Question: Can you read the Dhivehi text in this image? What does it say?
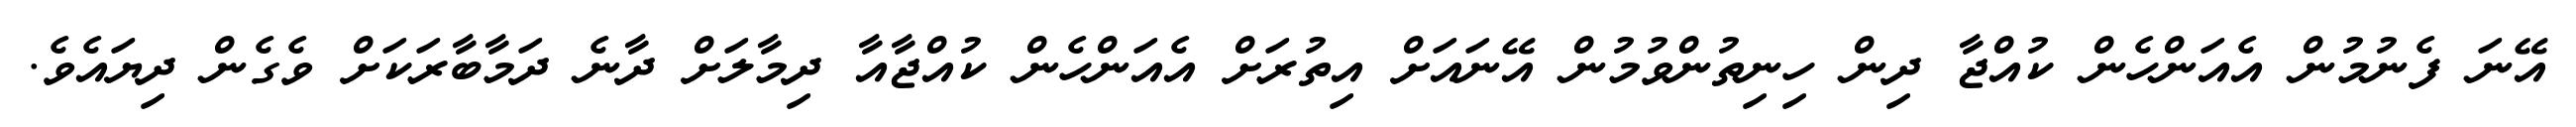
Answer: އޭނަ ފެނުމުން އެއަންހެން ކުއްޖާ ދިން ހިނިތުންވުމުން އޭނައަށް އިތުރަށް އެއަންހެން ކުއްޖާއާ ދިމާލަށް ދާނެ ދަމާބާރަކަށް ވެގެން ދިޔައެވެ.